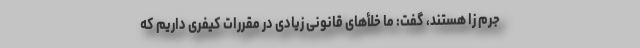
جرم زا هستند، گفت: ما خلأهای قانونی زیادی در مقررات کیفری داریم که